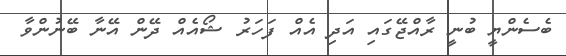
ބެސެންޔީ ބުނީ ރާއްޖޭގައި އަދި އެއް ފަހަރު ޝޯއެއް ދޭން އޭނާ ބޭނުންވާ